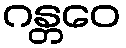
ဂန္တဝေ